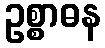
ဥစ္စာဓန